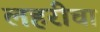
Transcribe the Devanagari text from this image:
लहरीचा